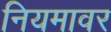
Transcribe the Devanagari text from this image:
नियमावर